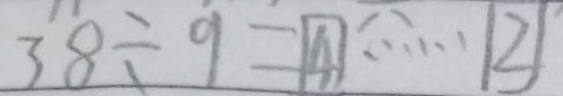
3 8 \div 9 = 4 \cdots 2